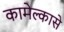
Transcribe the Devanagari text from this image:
कामेल्कासे